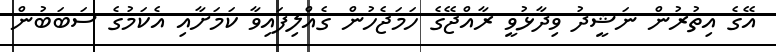
އޭގެ އިތުރުން ނަޝީދު ވިދާޅުވީ ރާއްޖޭގެ ހަމަޖެހުން ގެއްލިފައިވާ ކަމަށާއި އެކަމުގެ ސަބަބުން